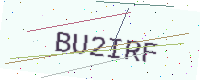
Text: BU2IRF